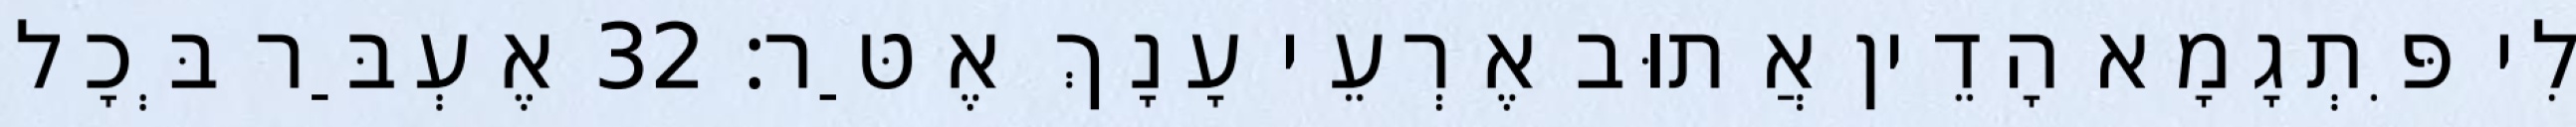
לִי פִּתְגָמָא הָדֵין אֲתוּב אֶרְעֵי עָנָךְ אֶטַּר׃ 32 אֶעְבַּר בְּכָל